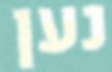
נען